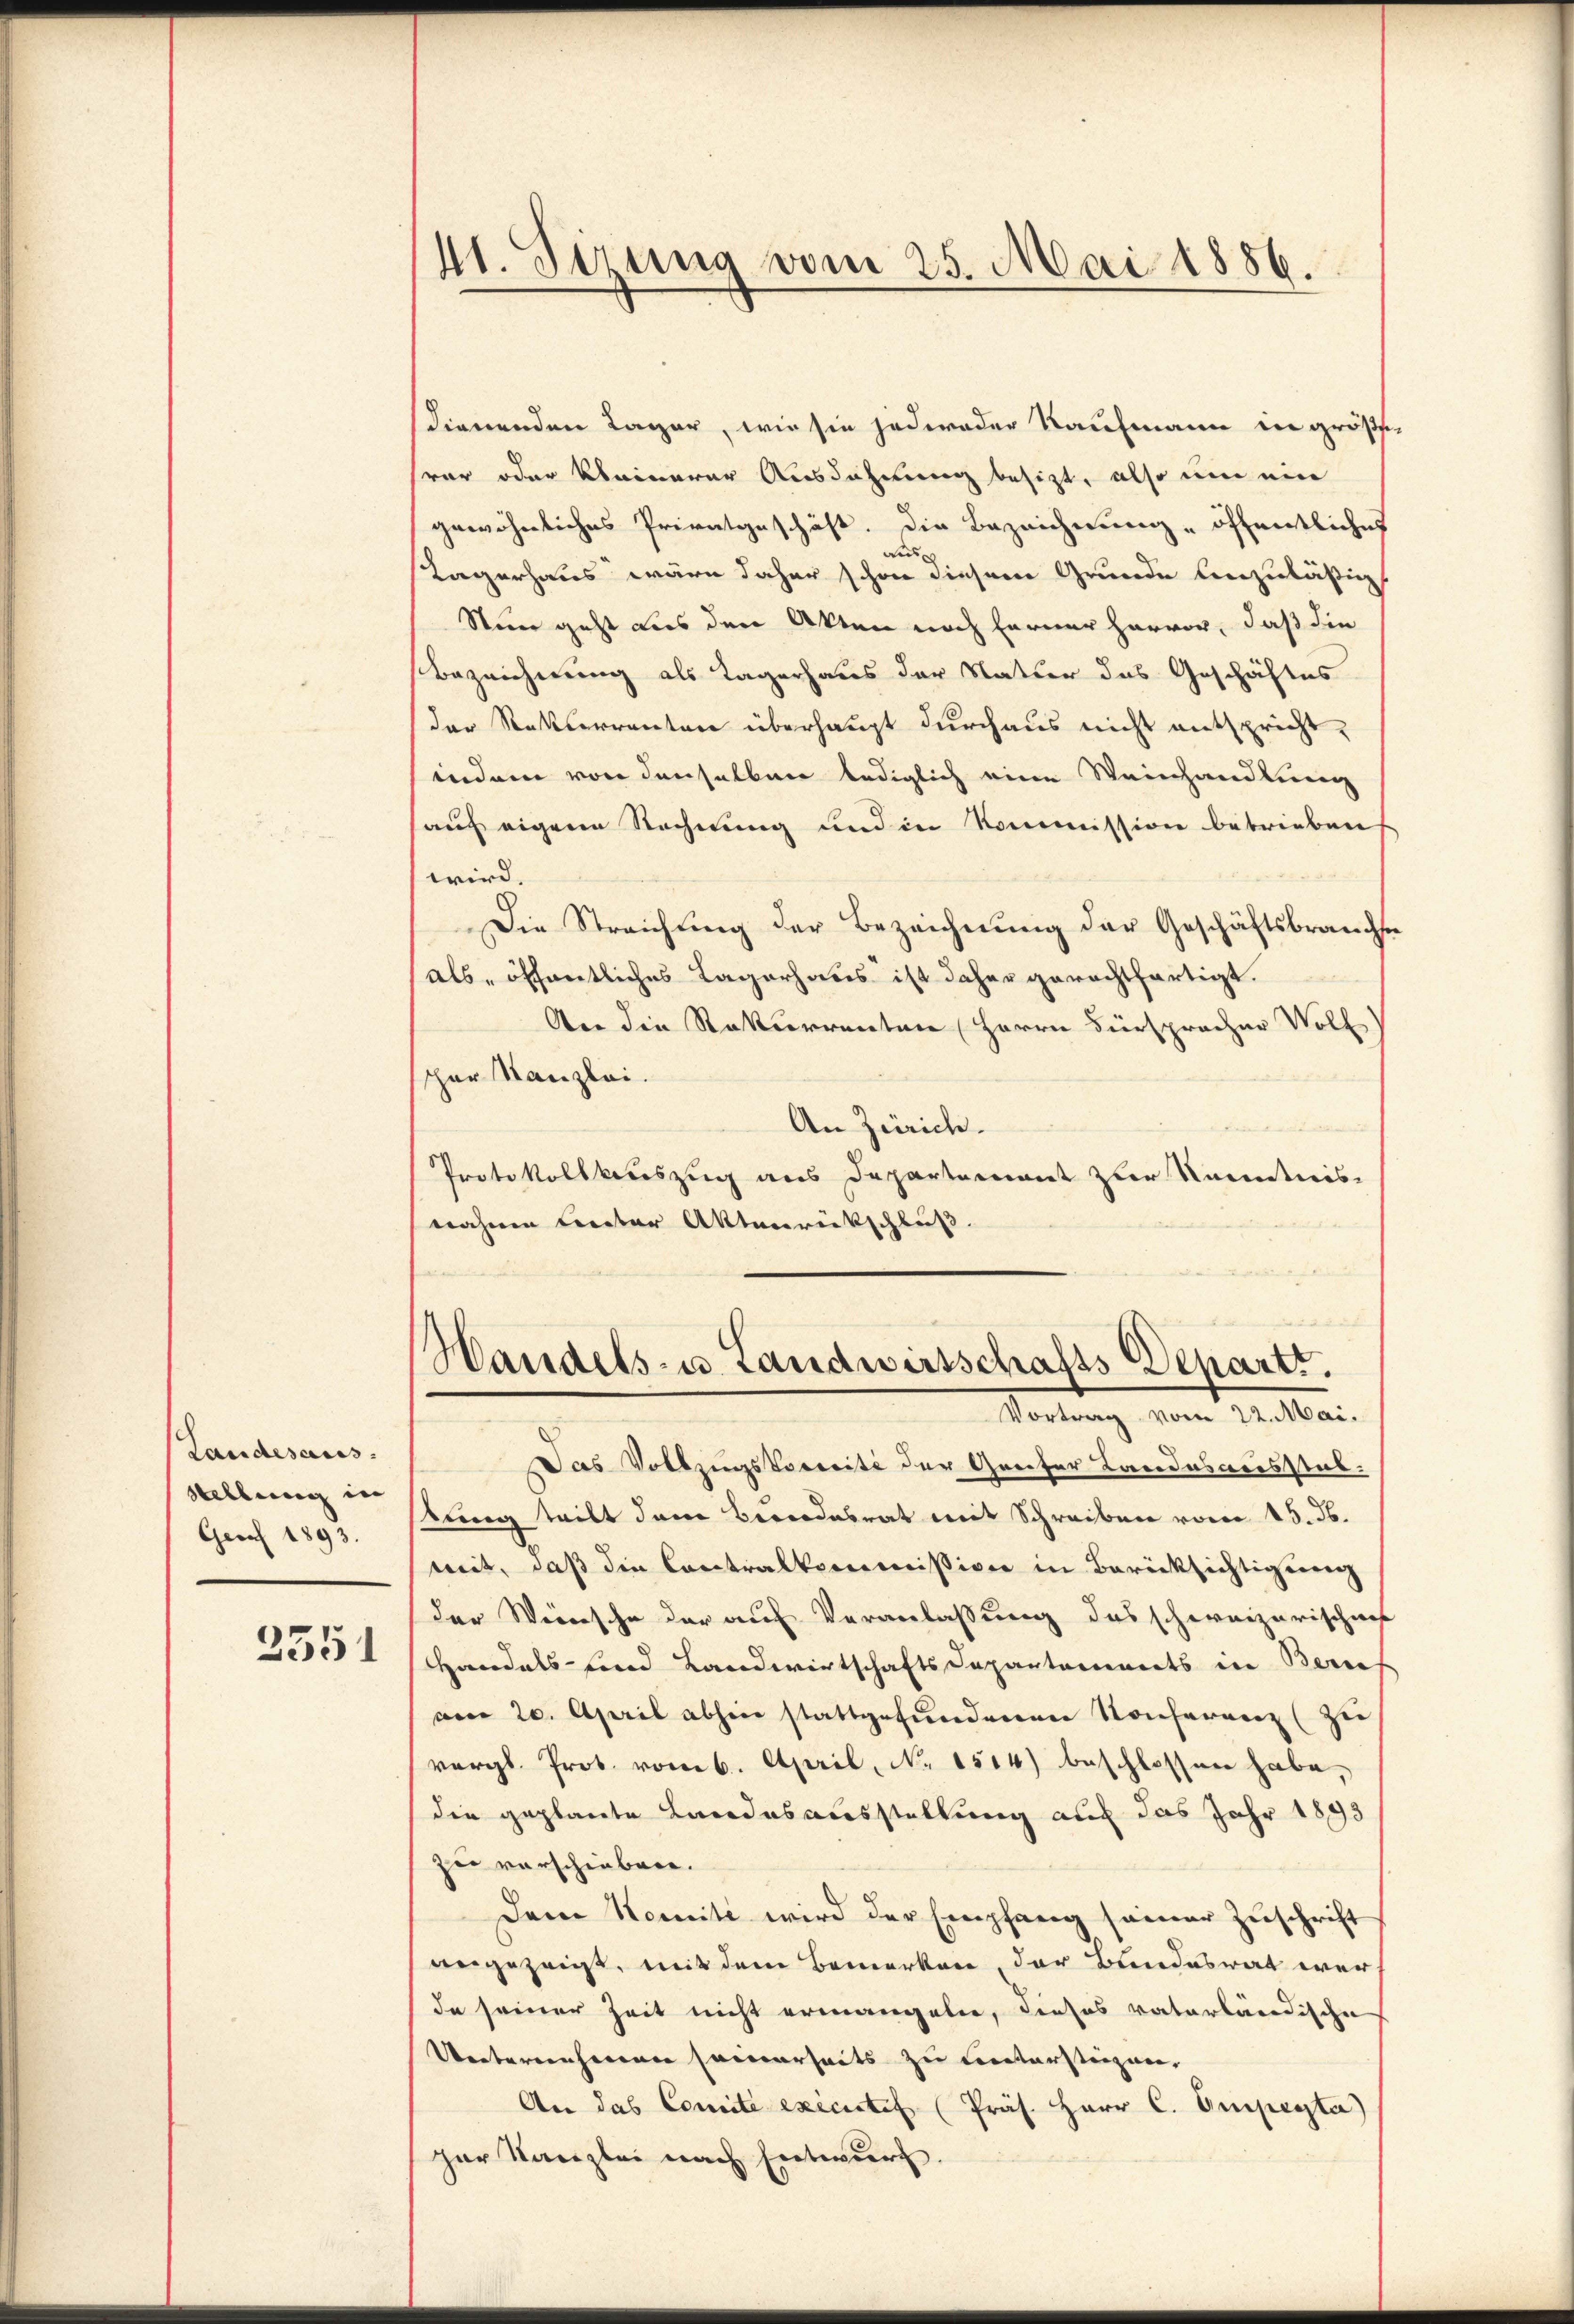
Landesaus
Stellung in
Grf 1893.
2551

41. Sirung vom 25. Mai 1886.

dienenden Lager, wie sie jeder oder Kaufmann in größevar oder kleinerer Ausdehnung besizt, also um ein
gewöhnliches Privatgeschäft. Die Bezeichnung öffentliches
aus
Lagerhaus wäre daher schon diesem Grunde hinzuläßigt
Nun geht aus den Akten noch ferner hervor, daß die
Bezeichnung als Lagerhaus der Natur das Geschäftes
der Rettlerrenten überhaupt durchaus nicht entspricht,
indem von denselben lediglich eine Weinhandlung
auf eigene Rechnung und in Kommission betrieben
wird.
Die Streichŭng der Bezeichnŭng der Geschäftsbrauche
als öffentliches Lagerhaus ist daher gerechtfertigt.
An die Rekurrenten Herrn Fürspracher Voll
cher Kanzlei.
An Zürich.
Protokollsauszug aus Departement zur Kenntnis-
nahmen unter Aktenrückschluß.

Handels- u. Landwirtschafts Departs.
Vortrag vom 22. Mai.

Das Vollzugskosreite der Greifer Landesausstab.
tung teilt dem Berndesrat mit Schreiben vom 15. ds.
mit, daß die Contralkommission in Berücksichtigung
der Weinsche der auf Veranlaßung des schweizerischnis
Handels- und Landwirtschafts Departarienorts in Berres
am 20. April abhin stattgefundenen Konferenz (zu
vergl. Prot. vom 6. April, No. 1514) beschlossen habe,
die geplante Landesausstellung auch das Jahr 1893
zu verschieben.
Dem Komite wird der Empfang seiner Zuschrift
angezeigt, mit dem Bemerken, der Bundesrat werde seiner Zeit nicht ermangeln, dieses vaterländische
Uebernehmen seinerseits zu untersteigen,
An das Comité exicitel (Präs. Herr C. Ampeyta
zur Kanzlei nach Entwurf.